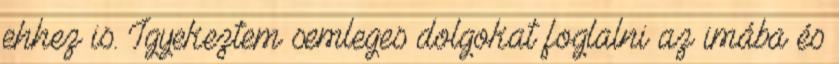
ehhez is. Igyekeztem semleges dolgokat foglalni az imába és